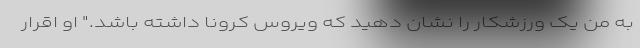
به من یک ورزشکار را نشان دهید که ویروس کرونا داشته باشد." او اقرار